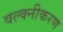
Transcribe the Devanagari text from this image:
वल्क्नीकरण